Indian journal of veterinary science and animal husbandry - Volume 8,
Year: 1938
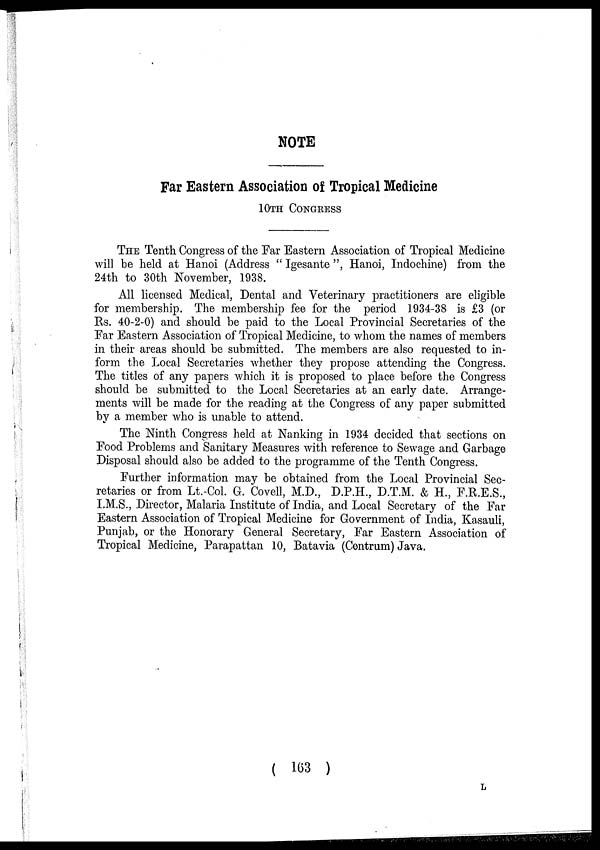
NOTE
Far Eastern Association of Tropical Medicine
10TH CONGRESS
THE Tenth Congress of the Far Eastern Association of Tropical Medicine
will be held at Hanoi (Address " Igesante ", Hanoi, Indochine) from the
24th to 30th November, 1938.
All licensed Medical, Dental and Veterinary practitioners are eligible
for membership. The membership fee for the period 1934-38 is £3 (or
Rs. 40-2-0) and should be paid to the Local Provincial Secretaries of the
Far Eastern Association of Tropical Medicine, to whom the names of members
in their areas should be submitted. The members are also requested to in-
form the Local Secretaries whether they propose attending the Congress.
The titles of any papers which it is proposed to place before the Congress
should be submitted to the Local Secretaries at an early date. Arrange-
ments will be made for the reading at the Congress of any paper submitted
by a member who is unable to attend.
The Ninth Congress held at Nanking in 1934 decided that sections on
Food Problems and Sanitary Measures with reference to Sewage and Garbage
Disposal should also be added to the programme of the Tenth Congress.
Further information may be obtained from the Local Provincial Sec-
retaries or from Lt.-Col. G. Covell, M.D., D.P.H., D.T.M. & H., F.R.E.S.,
I.M.S., Director, Malaria Institute of India, and Local Secretary of the Far
Eastern Association of Tropical Medicine for Government of India, Kasauli,
Punjab, or the Honorary General Secretary, Far Eastern Association of
Tropical Medicine, Parapattan 10, Batavia (Centrum) Java.
( 163 )
L